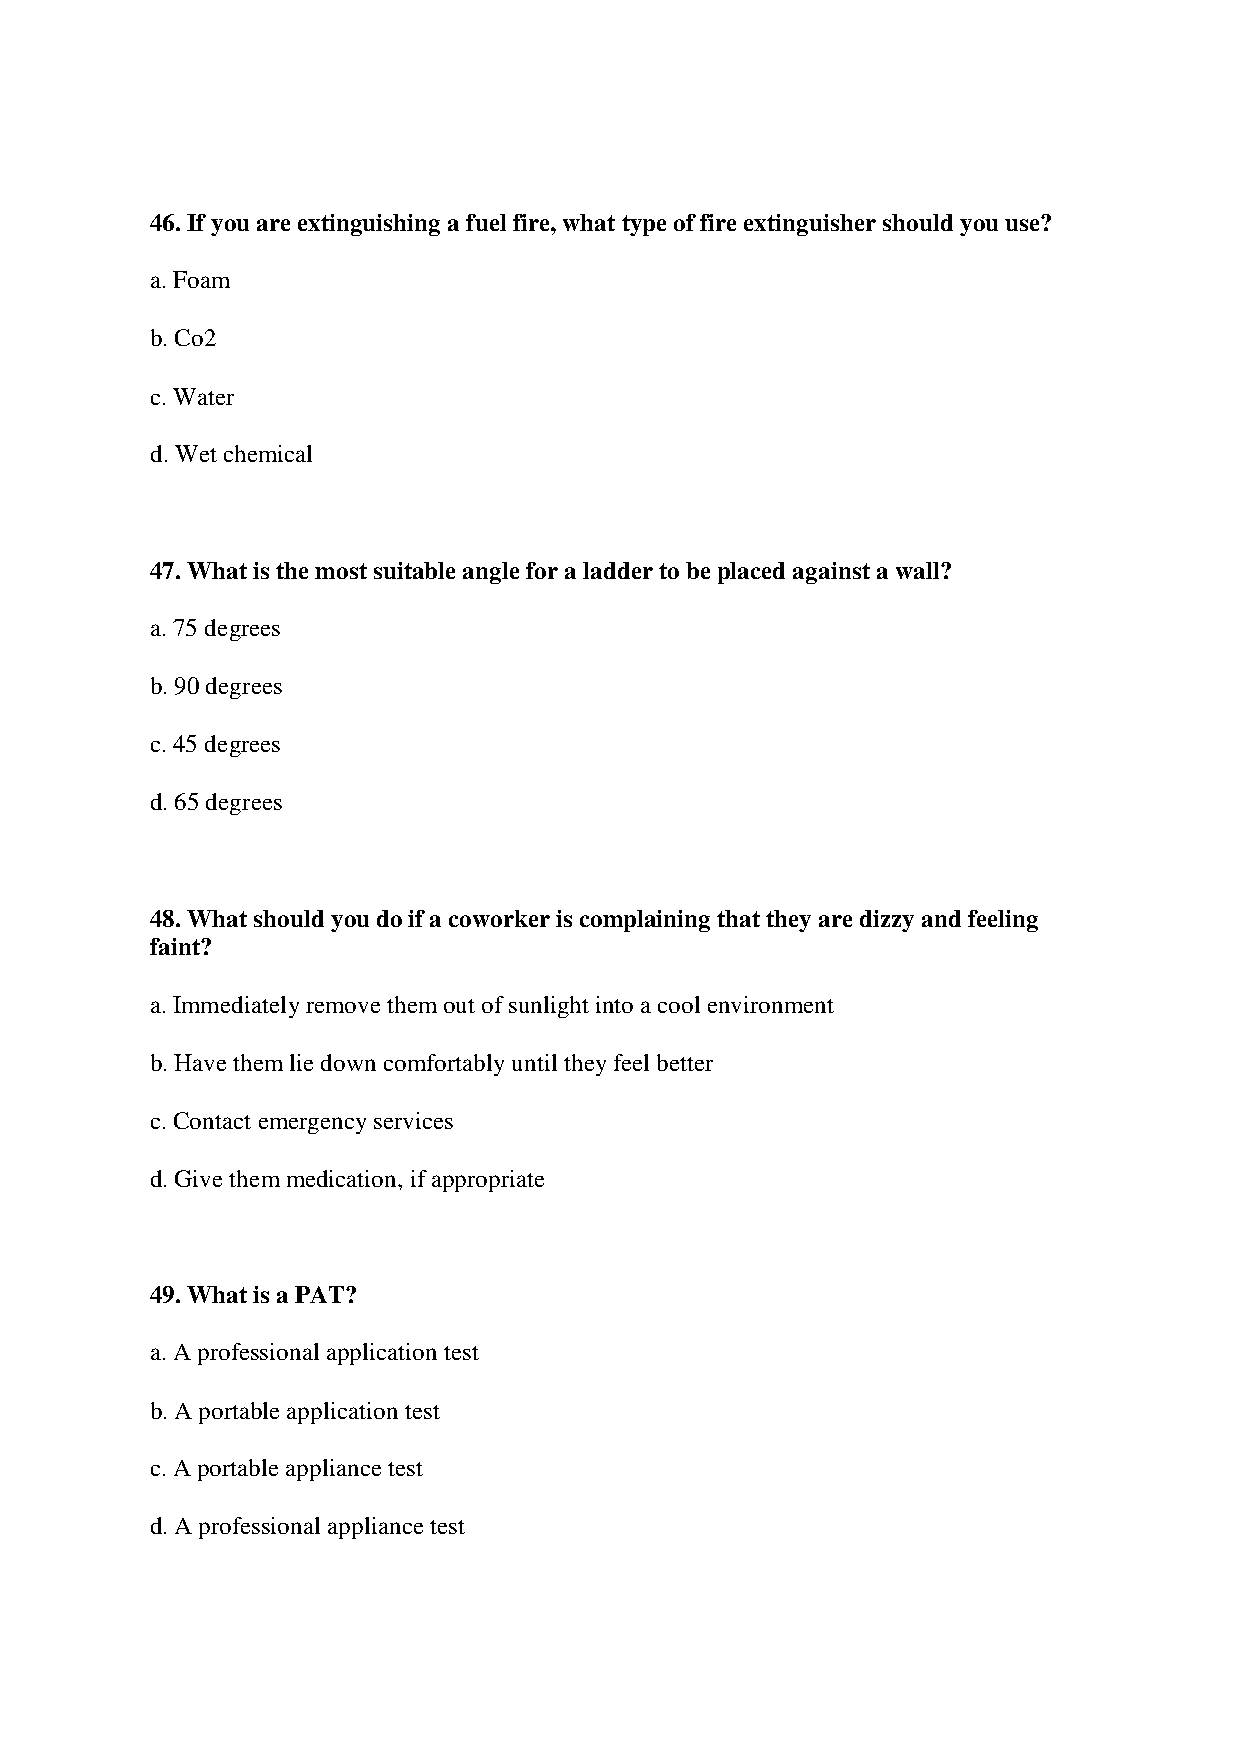
46. If you are extinguishing a fuel fire, what type of fire extinguisher should you use?
 a. Foam
 b. Co2
 c. Water
 d. Wet chemical
 47. What is the most suitable angle for a ladder to be placed against a wall?
 a. 75 degrees
 b. 90 degrees
 c. 45 degrees
 d. 65 degrees
 48. What should you do if a coworker is complaining that they are dizzy and feeling
 faint?
 a. Immediately remove them out of sunlight into a cool environment
 b. Have them lie down comfortably until they feel better
 c. Contact emergency services
 d. Give them medication, if appropriate
 49. What is a PAT?
 a. A professional application test
 b. A portable application test
 c. A portable appliance test
 d. A professional appliance test